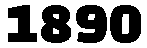
1890